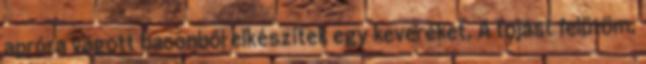
apróra vágott baconből elkészítek egy keveréket. A tojást felütöm,